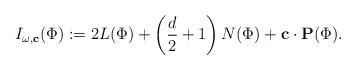
LaTeX: \begin{align*}I_{\omega,\mathbf{c}}(\Phi):=2L(\Phi)+\left(\frac{d}{2}+1\right)N(\Phi)+\mathbf{c}\cdot \mathbf{P}(\Phi). \end{align*}